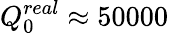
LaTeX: Q_{0}^{real}\approx 50000